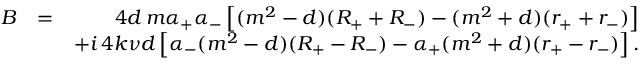
\begin{array} { r l r } { B } & { = } & { \quad 4 d \, m \alpha _ { + } \alpha _ { - } \left[ ( m ^ { 2 } - d ) ( R _ { + } + R _ { - } ) - ( m ^ { 2 } + d ) ( r _ { + } + r _ { - } ) \right] } \\ & { } & { + i \, 4 k \nu d \left[ \alpha _ { - } ( m ^ { 2 } - d ) ( R _ { + } - R _ { - } ) - \alpha _ { + } ( m ^ { 2 } + d ) ( r _ { + } - r _ { - } ) \right] . } \end{array}